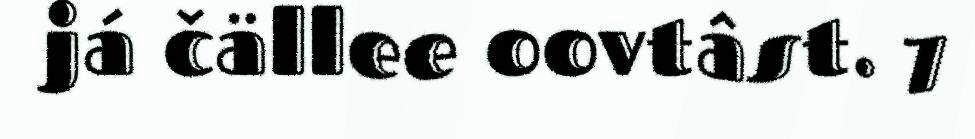
já čällee oovtâst. 7